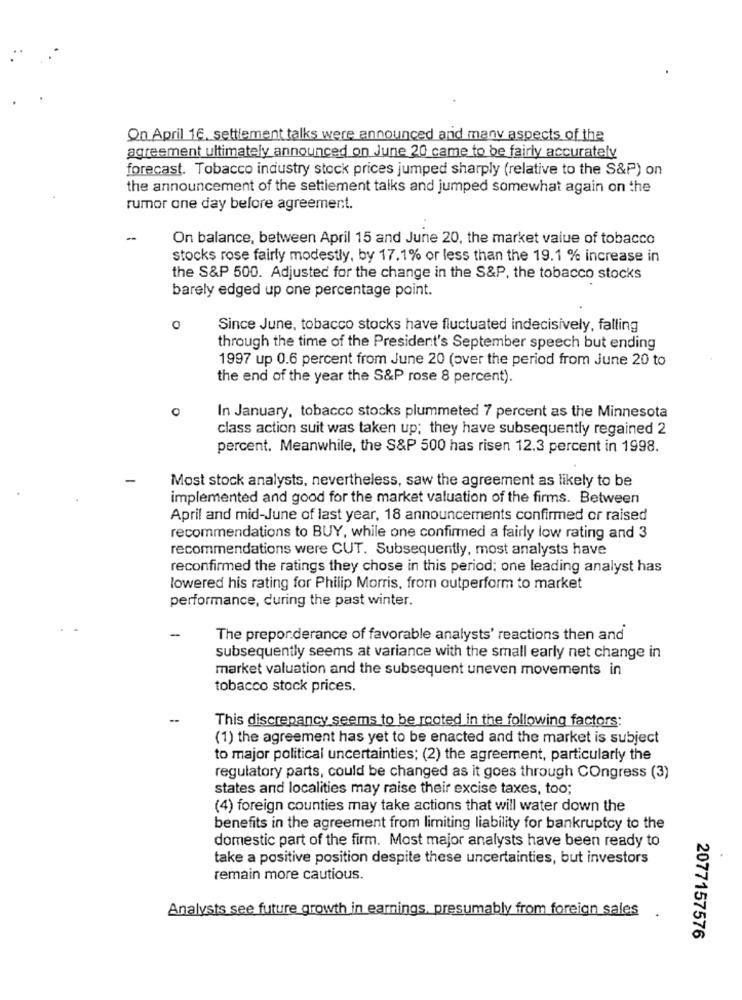
On April 16, settlement talks were announced and many aspects of the
agreement ultimately announced on June 20 came to be fairly accurately
forecast. Tobacco industry stock prices jumped sharply (relative to the S&P) on
the announcement of the settlement talks and jumped somewhat again on the
rumor one day before agreement.
-
On balance, between April 15 and June 20, the market value of tobacco
stocks rose fairly modestly, by 17.1% or less than the 19.1 % increase in
the S&P 500. Adjusted for the change in the S&P, the tobacco stocks
barely edged up one percentage point.
0
Since June, tobacco stocks have fluctuated indecisively, falling
through the time of the President's September speech but ending
1997 up 0.6 percent from June 20 (over the period from June 20 to
the end of the year the S&P rose 8 percent).
In January, tobacco stocks plummeted 7 percent as the Minnesota
class action suit was taken up; they have subsequently regained 2
percent. Meanwhile, the S&P 500 has risen 12.3 percent in 1998.
Most stock analysts, nevertheless, saw the agreement as likely to be
implemented and good for the market valuation of the firms. Between
April and mid-June of last year, 18 announcements confirmed or raised
recommendations to BUY, while one confirmed a fairly low rating and 3
recommendations were CUT. Subsequently, most analysts have
reconfirmed the ratings they chose in this period; one leading analyst has
lowered his rating for Philip Morris, from outperform to market
performance, during the past winter.
-
The preponderance of favorable analysts' reactions then and
subsequently seems at variance with the small early net change in
market valuation and the subsequent uneven movements in
tobacco stock prices.
This discrepancy seems to be rooted in the following factors:
(1) the agreement has yet to be enacted and the market is subject
to major political uncertainties; (2) the agreement, particularly the
regulatory parts, could be changed as it goes through Congress (3)
states and localities may raise their excise taxes, too;
(4) foreign counties may take actions that will water down the
benefits in the agreement from limiting liability for bankruptcy to the
domestic part of the firm. Most major analysts have been ready to
take a positive position despite these uncertainties, but investors
remain more cautious.
Analysts see future growth in earnings, presumably from foreign sales
2077157576